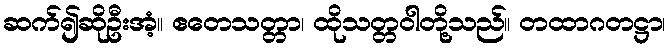
ဆက်၍ဆိုဦးအံ့။ ဧတေသတ္တာ၊ ထိုသတ္တဝါတို့သည်။ တထာဂတဋ္ဌာ၊